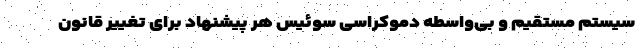
سیستم مستقیم و بی‌واسطه دموکراسی سوئیس هر پیشنهاد برای تغییر قانون